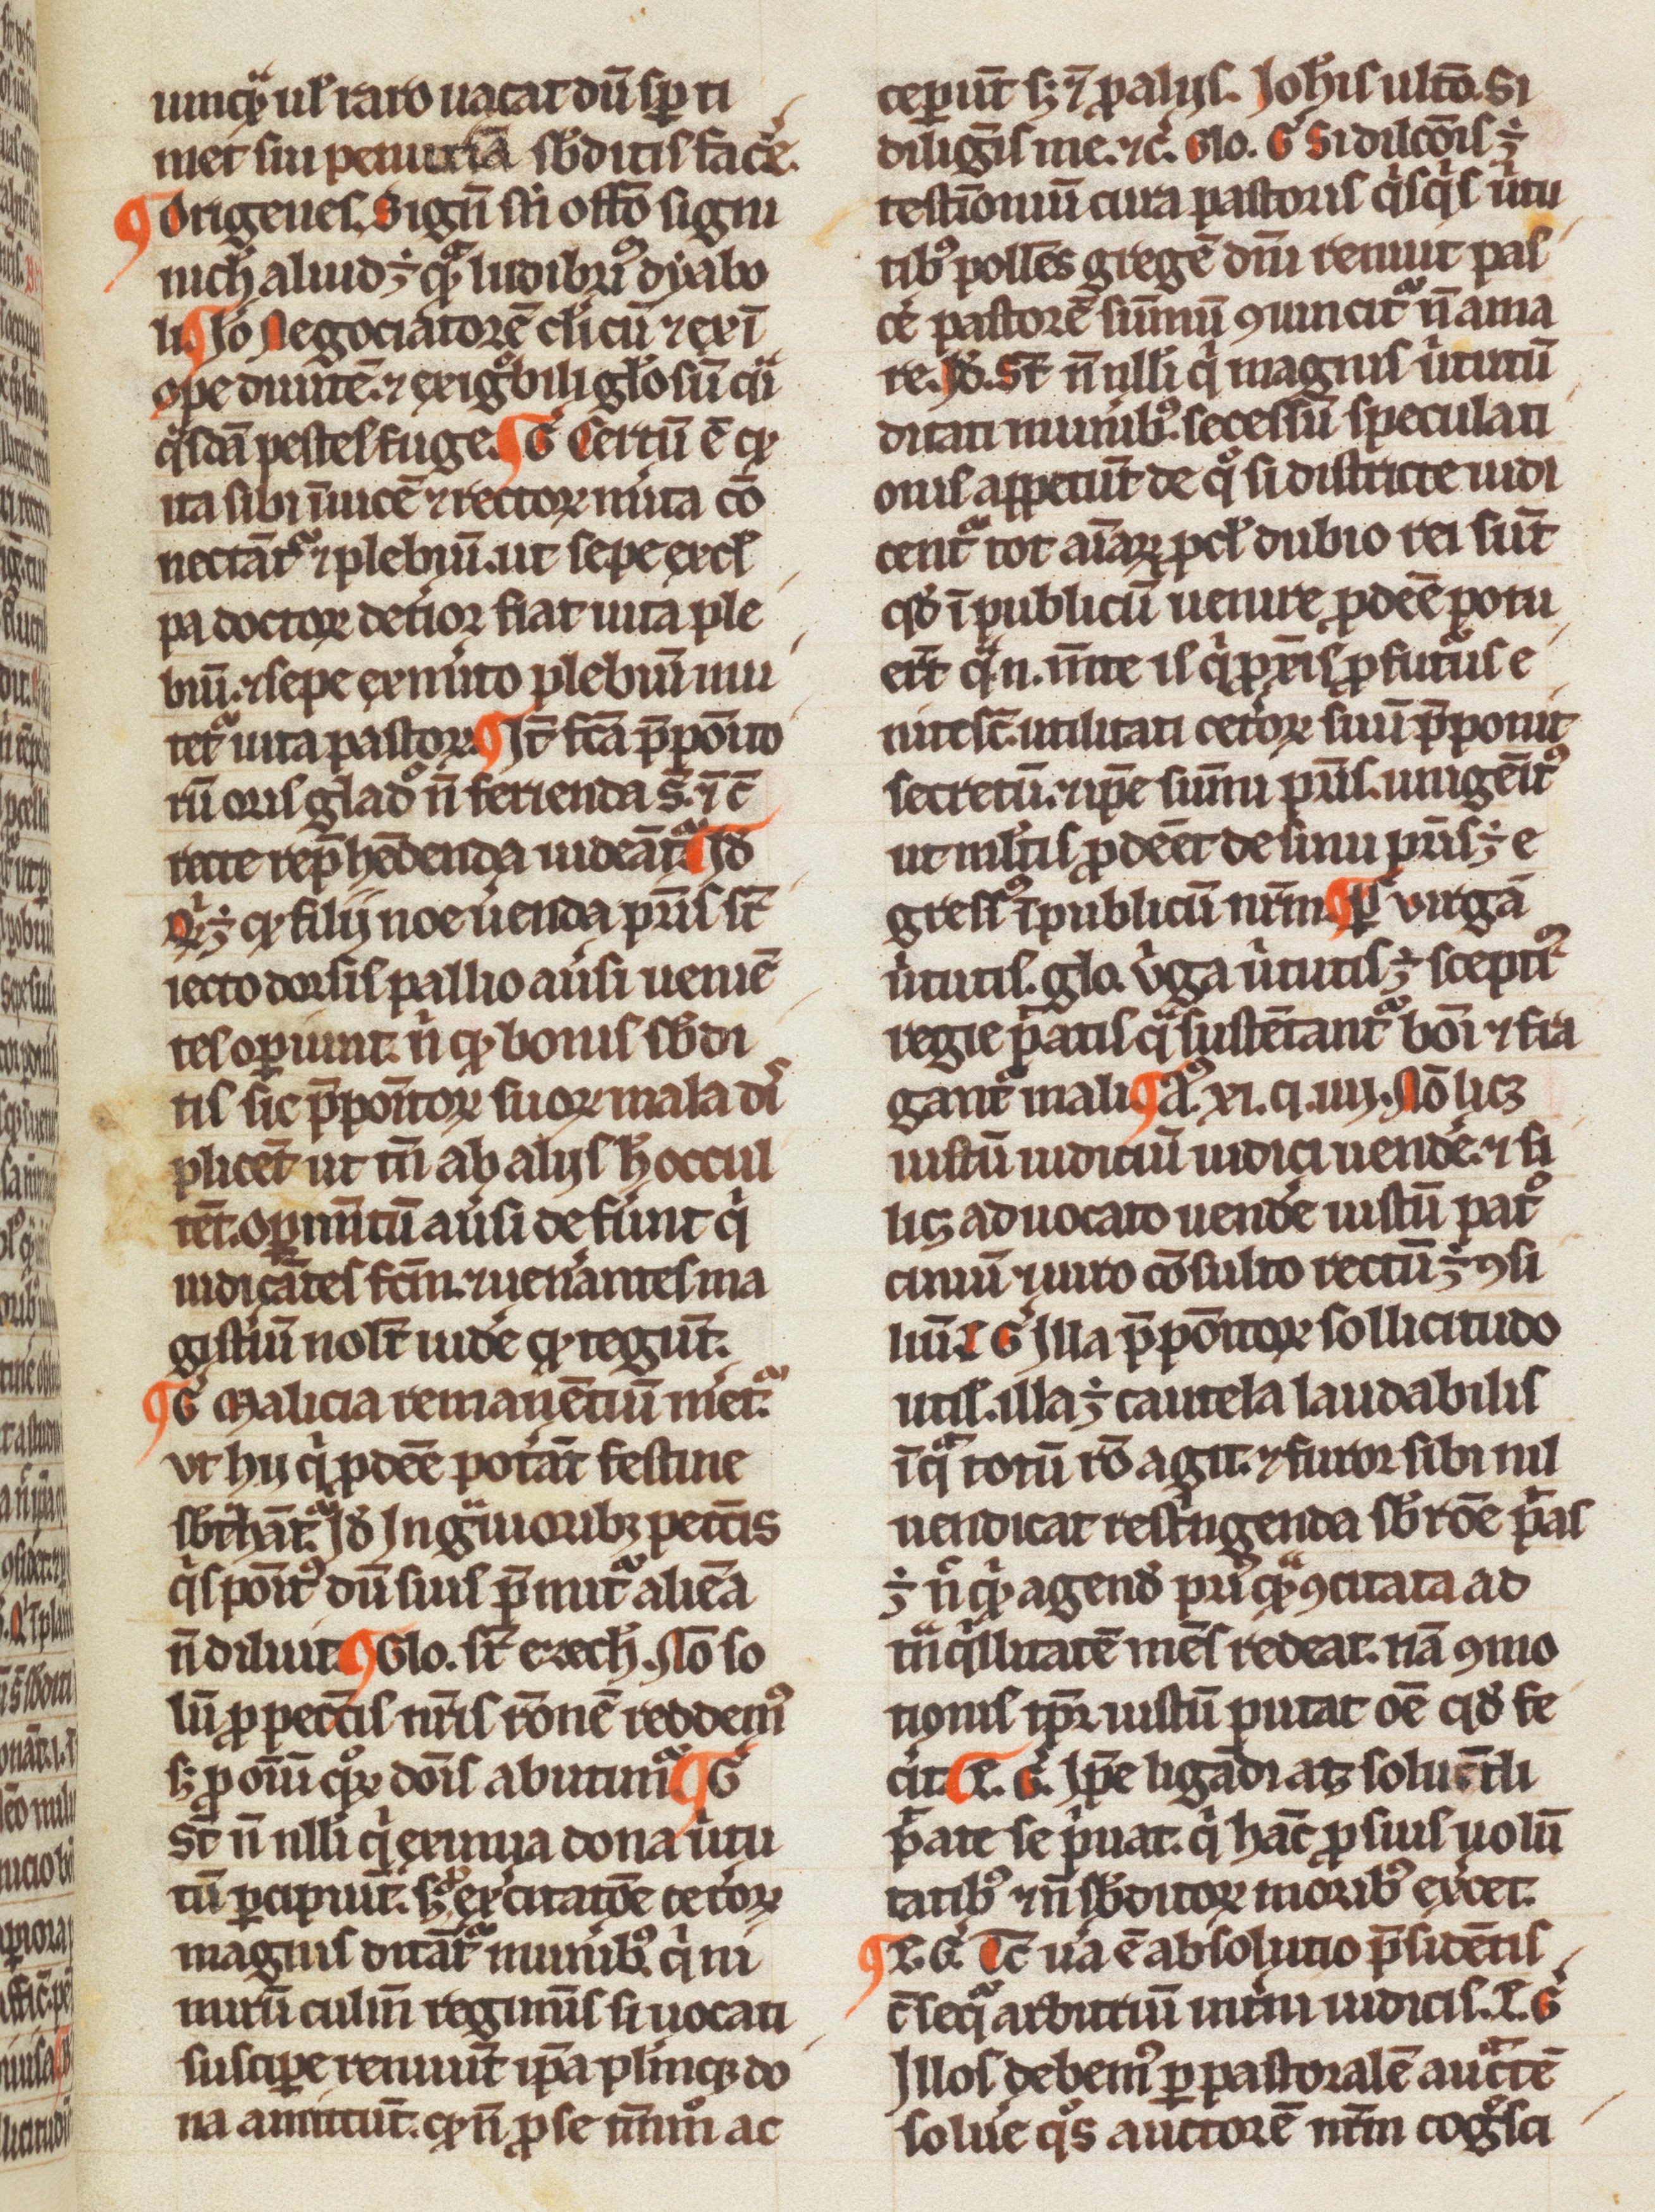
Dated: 1200–1399